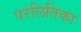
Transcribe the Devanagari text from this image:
परलितिका